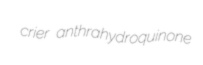
crier anthrahydroquinone